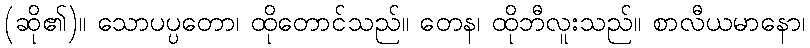
(ဆို၏)။ သောပပ္ပတော၊ ထိုတောင်သည်။ တေန၊ ထိုဘီလူးသည်။ စာလီယမာနော၊